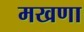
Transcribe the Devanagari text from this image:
मखणा